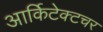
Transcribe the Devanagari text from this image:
आर्किटेक्टचर